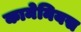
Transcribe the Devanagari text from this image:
कामेनियस